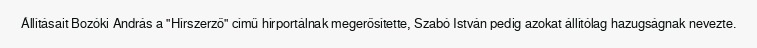
Állításait Bozóki András a "Hírszerző" című hírportálnak megerősítette, Szabó István pedig azokat állítólag hazugságnak nevezte.